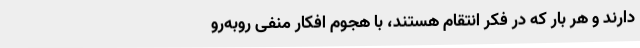
دارند و هر بار که در فکر انتقام هستند، با هجوم افکار منفی روبه‌رو